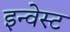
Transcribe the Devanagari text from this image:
इन्वेस्ट